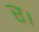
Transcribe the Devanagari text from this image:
र।